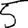
Digit: 5